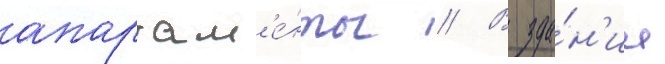
апартам'е́нты // В зда́н'ии